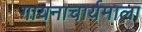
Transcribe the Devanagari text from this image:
गायनाचार्यमाला